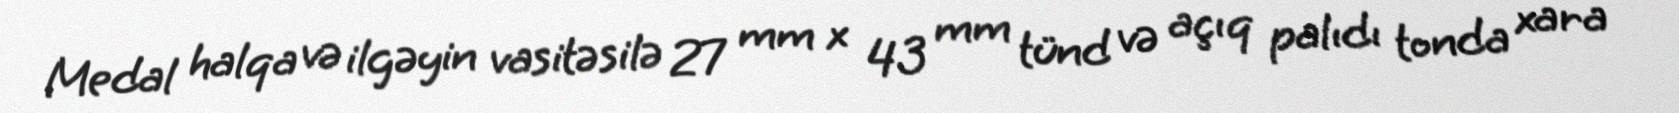
Medal halqa və ilgəyin vasitəsilə 27 mm x 43 mm tünd və açıq palıdı tonda xara